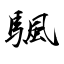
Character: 颿